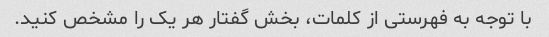
با توجه به فهرستی از کلمات، بخش گفتار هر یک را مشخص کنید.